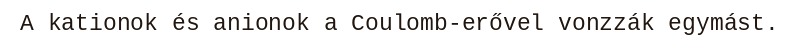
A kationok és anionok a Coulomb-erővel vonzzák egymást.